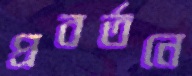
প্রবর্তনে